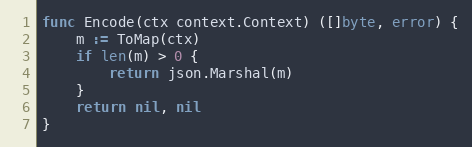
Language: Go
func Encode(ctx context.Context) ([]byte, error) {
	m := ToMap(ctx)
	if len(m) > 0 {
		return json.Marshal(m)
	}
	return nil, nil
}